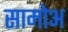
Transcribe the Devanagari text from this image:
सामोअ